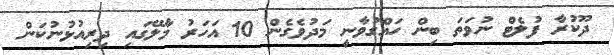
ދޫކުރާ ފުލެޓް ނުވަތަ ބިން ހައްގުވާނީ މަދުވެގެން 10 އަހަރު މާލޭގައި ދިރިއުޅުނުކަން